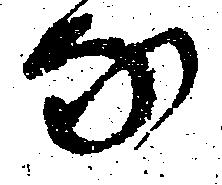
な